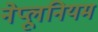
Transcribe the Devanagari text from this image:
नेप्लूनियम